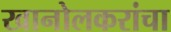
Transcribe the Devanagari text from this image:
खानोलकरांचा